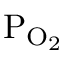
\mathrm { P _ { O _ { 2 } } }